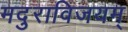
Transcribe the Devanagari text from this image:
मदुराविजयम्